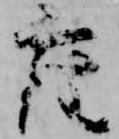
座